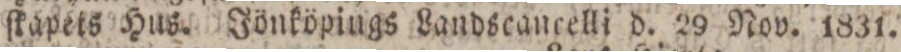
ſkapets Hus. Jönköpings Landscancelli d. 29 Nov. 1831.